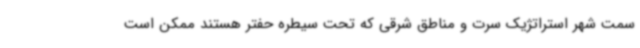
سمت شهر استراتژیک سرت و مناطق شرقی که تحت سیطره حفتر هستند ممکن است